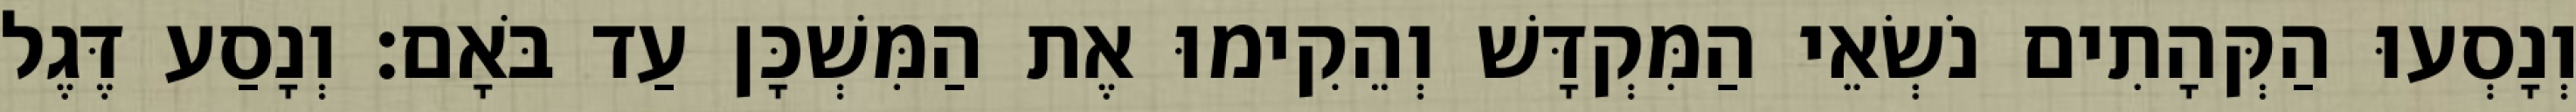
וְנָסְעוּ הַקְּהָתִים נֹשְׂאֵי הַמִּקְדָּשׁ וְהֵקִימוּ אֶת הַמִּשְׁכָּן עַד בֹּאָם׃ וְנָסַע דֶּגֶל